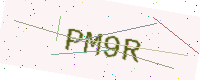
Text: PM9R